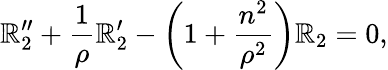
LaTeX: \mathbb{R}_{2}^{\prime\prime}+\frac{{1}}{{\rho}}\mathbb{R}_{2}^{\prime}-\left(1+\frac{{n^{2}}}{{\rho^{2}}}\right)\mathbb{R}_{2}=0,